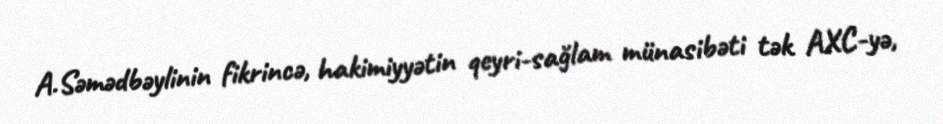
A.Səmədbəylinin fikrincə, hakimiyyətin qeyri-sağlam münasibəti tək AXC-yə,